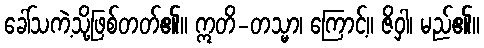
ခေါ်သကဲ့သို့ဖြစ်တတ်၏။ ဣတိ-တသ္မာ၊ ကြောင့်။ ဇိဝှါ၊ မည်၏။